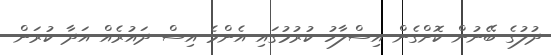
ދުލުގެ ބޭނުން ކޮށްގެން އިސްލާހު ކުރުމުގައި އެންމެ އިސް ދައުރެއް އަދާ ކުރަން